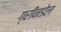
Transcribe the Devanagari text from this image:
ग्रीनडेल